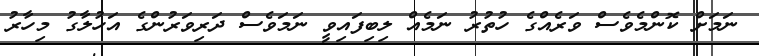
ނަމަށް ކޮންމެވެސް ވަރެއްގެ ހުތުރު ނަމެއް ލިބިފައިވީ ނަމަވެސް ދަރިވަރުންގެ އަހުލާގު މިހާރު